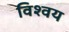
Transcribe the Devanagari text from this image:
विश्वय